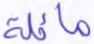
مائلة